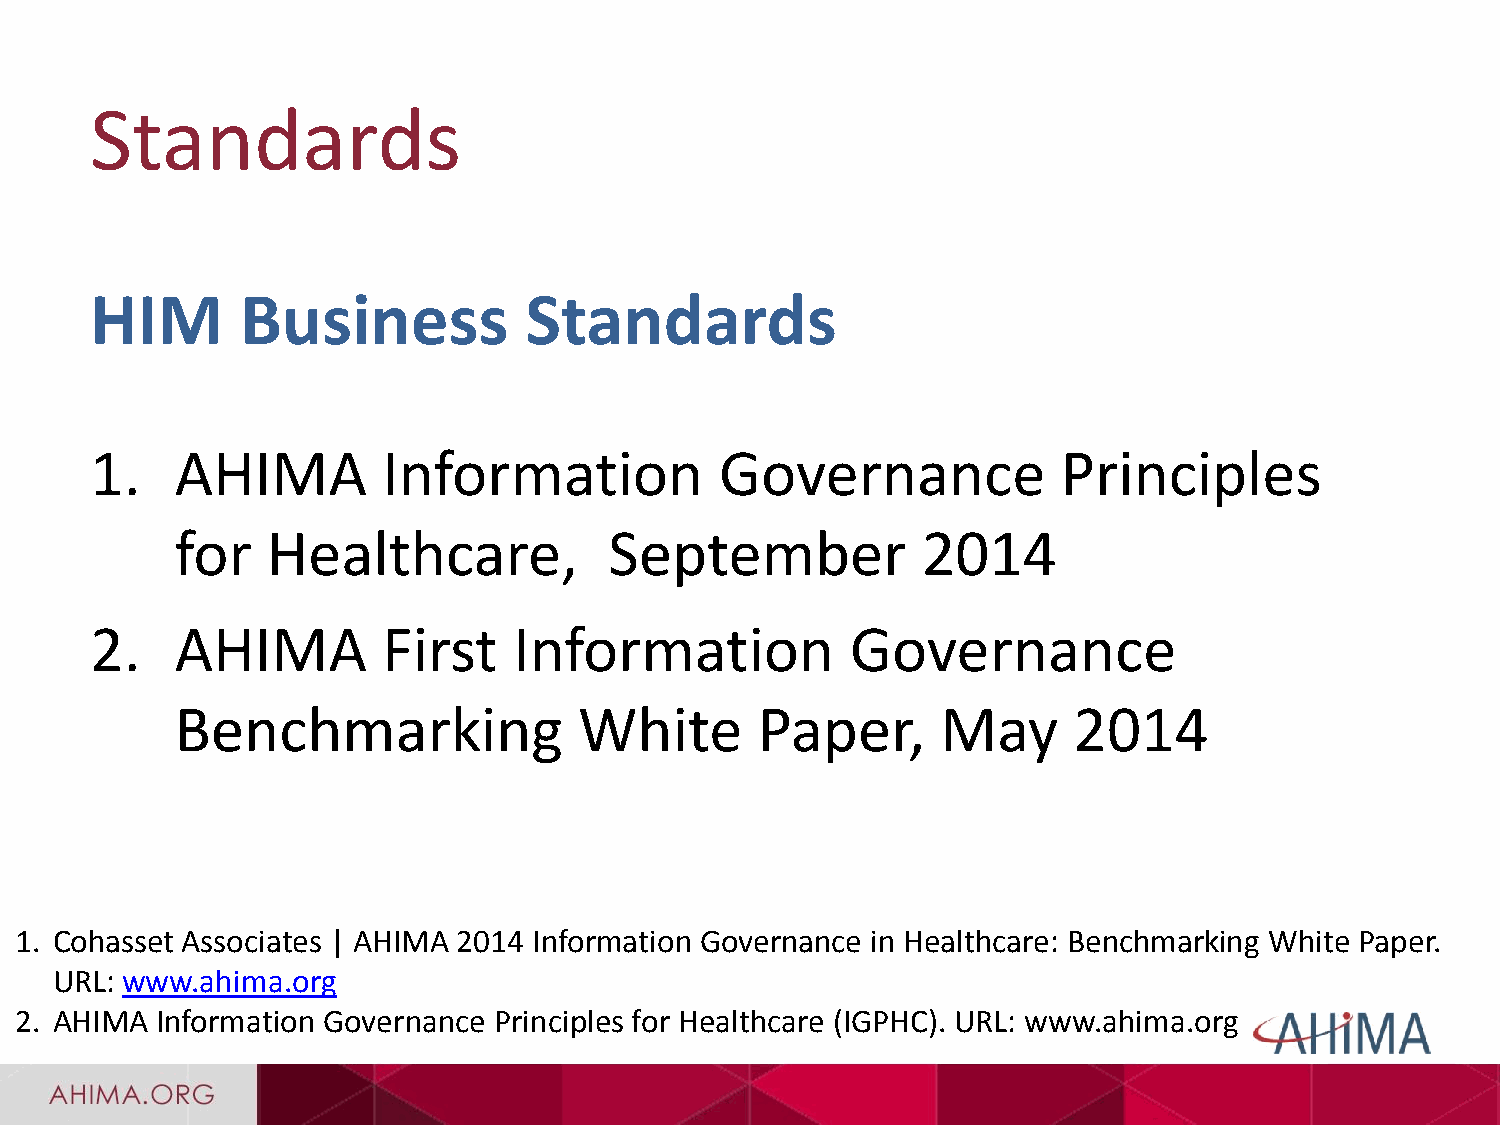
Standards
 HIM       Business           Standards
 1.    AHIMA        Information            Governance            Principles
 for   Healthcare,           September            2014
 2.    AHIMA        First    Information           Governance
 Benchmarking              White       Paper,      May      2014
 1. Cohasset Associates | AHIMA 2014 Information Governance in Healthcare: Benchmarking White Paper.
 URL: www.ahima.org
 2. AHIMA Information Governance Principles for Healthcare (IGPHC). URL: www.ahima.org